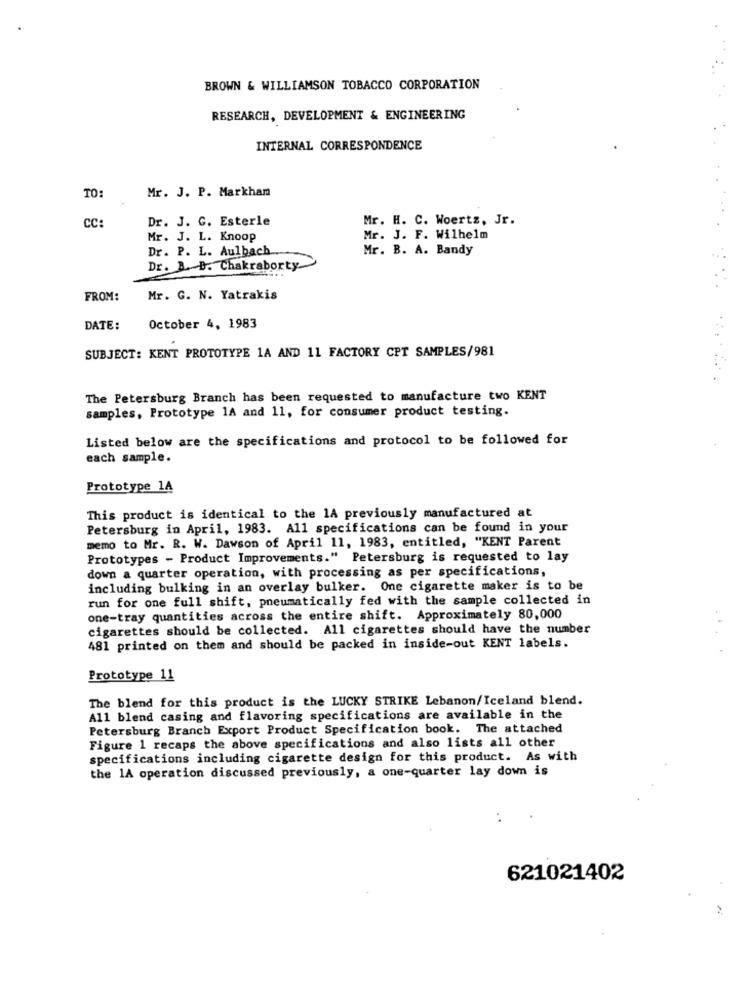
BROWN & WILLIAMSON TOBACCO CORPORATION
RESEARCH, DEVELOPMENT & ENGINEERING
INTERNAL CORRESPONDENCE
TO:
Mr. J. P. Markham
CC:
Dr. J. C. Esterle
Mr. H. C. Woertz, Jr.
Mr. J. L. Knoop
Mr. J. F. Wilhelm
Dr. P. L. Aulbach ..
Mr. B. A. Bandy
Dr. B. D. Chakraborty
FROM:
Mr. G. N. Yatrakis
DATE:
October 4, 1983
SUBJECT: KENT PROTOTYPE 1A AND 11 FACTORY CPT SAMPLES/981
..
The Petersburg Branch has been requested to manufacture two KENT
samples, Prototype 1A and 11, for consumer product testing.
Listed below are the specifications and protocol to be followed for
each sample.
Prototype 14
This product is identical to the 1A previously manufactured at
Petersburg in April, 1983. All specifications can be found in your
memo to Mr. R. W. Dawson of April 11, 1983, entitled, "KENT Parent
Prototypes - Product Improvements." Petersburg is requested to lay
down a quarter operation, with processing as per specifications,
including bulking in an overlay bulker. One cigarette maker is to be
run for one full shift, pneumatically fed with the sample collected in
one-tray quantities across the entire shift. Approximately 80,000
cigarettes should be collected. All cigarettes should have the number
481 printed on them and should be packed in inside-out KENT labels.
Prototype 11
The blend for this product is the LUCKY STRIKE Lebanon/Iceland blend.
All blend casing and flavoring specifications are available in the
Petersburg Branch Export Product Specification book. The attached
Figure 1 recaps the above specifications and also lists all other
specifications including cigarette design for this product. As with
the 1A operation discussed previously, a one-quarter lay down is
. .
621021402